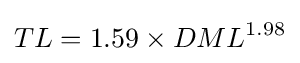
TL=1.59\times DML^{1.98}